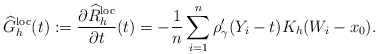
\begin{align*} \widehat{G}^{\mathrm{loc}}_{h}(t):=\frac{\partial\widehat{R}^{\mathrm{loc}}_{h}}{\partial t}(t) =-\frac{1}{n}\sum_{i=1}^n\rho_\gamma' (Y_i-t ) K_h(W_i-x_0).\end{align*}